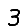
Digit: 3